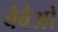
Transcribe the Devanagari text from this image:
बैबैओ